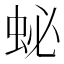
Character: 䖩